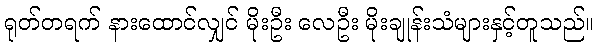
ရုတ်တရက် နားထောင်လျှင် မိုးဦး လေဦး မိုးချုန်းသံများနှင့်တူသည်။